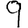
Digit: 9